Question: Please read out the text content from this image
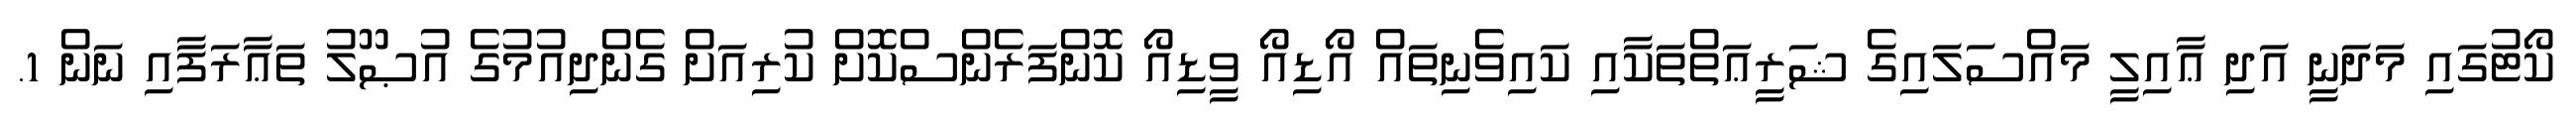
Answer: ކޯޓުގައި މަދަނީ އަދި ޢާއިލީ މައްސަލައިގެ ޝަރީޢަތްތަކާއި ކައިވެނިތައް އޯޑިއޯ ވީޑިއޯ ކޮންފަރެންސްކޮށް ކުރިއަށް ގެންދިއުމުގެ އުޞޫލު ތަޢާރަފާއި ނަން 1.